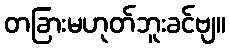
တခြားမဟုတ်ဘူးခင်ဗျ။